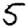
Digit: 5